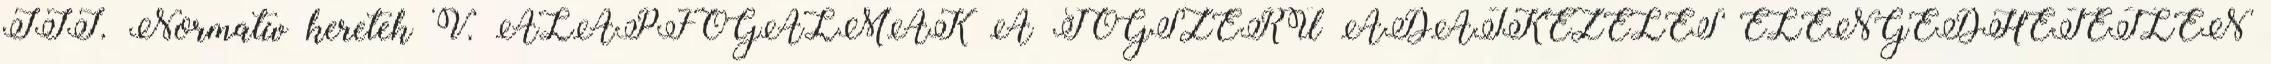
III. Normatív keretek V. ALAPFOGALMAK A JOGSZERŰ ADATKEZELÉS ELENGEDHETETLEN